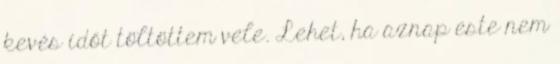
kevés időt töltöttem vele. Lehet, ha aznap este nem